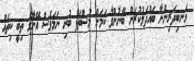
އަނބިދަރިންނާ ބައްދަލުކުރަން ބޭނުންވާ ކަމަށް މުސްތަފާ ބުނި ނަމަވެސް އޭނާގެ ތިބީ ކިތައް